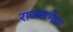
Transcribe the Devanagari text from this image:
राजसभेचा